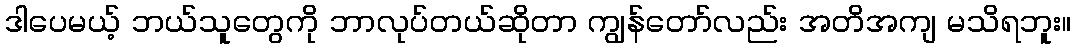
ဒါပေမယ့် ဘယ်သူတွေကို ဘာလုပ်တယ်ဆိုတာ ကျွန်တော်လည်း အတိအကျ မသိရဘူး။